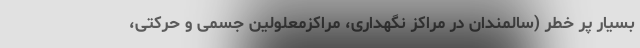
بسیار پر خطر (سالمندان در مراکز نگهداری، مراکزمعلولین جسمی و حرکتی،